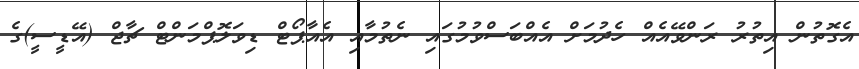
އެގޮތުން އިތުރު ރަންވޭއެއް ހެދުމަށް އެއްބަސްވުމުގައި ނެތުމާއި އެއާޕޯޓް ޑިވަލޮޕްމަންޓް ޗާޖް (އޭޑީސީ)ގެ